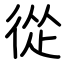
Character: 從